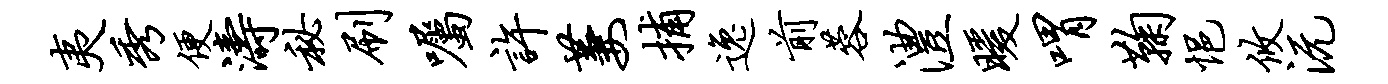
夷秀便涛秘刷嘱许萋捕逸前蓉澧暖喟鞠悒攸沅